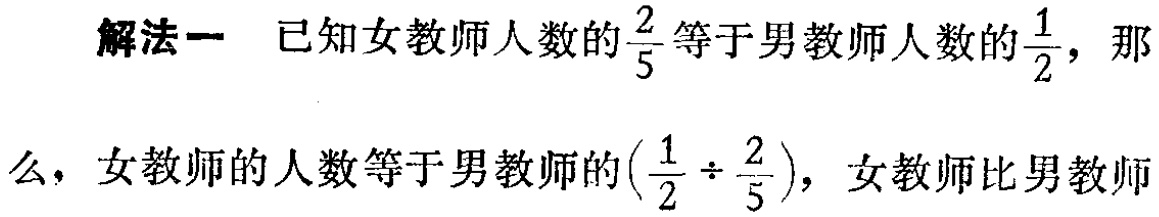
解法一 已知女教师人数的$\frac{2}{5}$等于男教师人数的$\frac{1}{2}$，那么，女教师的人数等于男教师的$(\frac{1}{2} \div \frac{2}{5})$，女教师比男教师